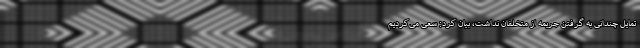
تمایل چندانی به گرفتن جریمه از متخلفان نداشت، بیان کرد: سعی می‌کردیم